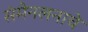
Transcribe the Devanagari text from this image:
संमेनलनाचे